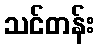
သင်တန်း